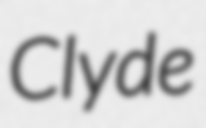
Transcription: Clyde